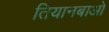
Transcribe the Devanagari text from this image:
तियानबाओ